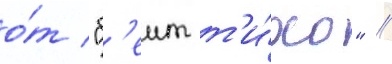
о́т "б'еит т'и́хо" /